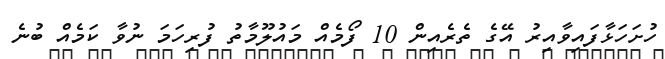
ހުށަހަޅާފައިވާއިރު އޭގެ ތެރެއިން 10 ފޯމެއް މައުލޫމާތު ފުރިހަމަ ނުވާ ކަމެއް ބުނެ